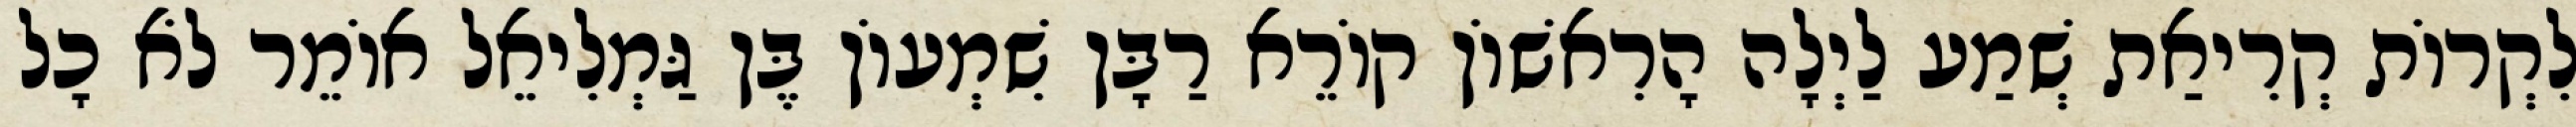
לִקְרוֹת קְרִיאַת שְׁמַע לַיְלָה הָרִאשׁוֹן קוֹרֵא רַבָּן שִׁמְעוֹן בֶּן גַּמְלִיאֵל אוֹמֵר לֹא כָל